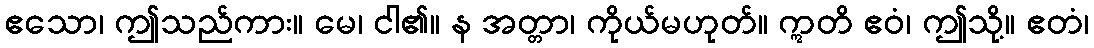
ဧသော၊ ဤသည်ကား။ မေ၊ ငါ၏။ န အတ္တာ၊ ကိုယ်မဟုတ်။ ဣတိ ဧဝံ၊ ဤသို့။ ဧတံ၊